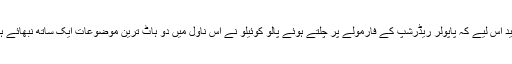
شاید اس لیے کہ پاپولر ریڈرشپ کے فارمولے پر چلتے ہوئے پالو کوئیلو نے اس ناول میں دو ہاٹ ترین موضوعات ایک ساتھ نبھائے ہیں۔